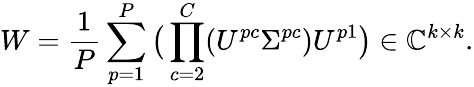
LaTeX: W=\frac{1}{P}\sum_{p=1}^{P}\big(\prod_{c=2}^{C}(U^{pc}\Sigma^{pc})U^{p1}\big)\in\mathbb{C}^{k\times k}.